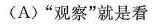
(A)”观察”就是看